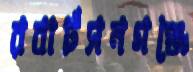
রবার্টসনগঞ্জে